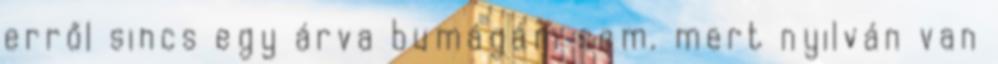
erről sincs egy árva bumágám sem. mert nyilván van